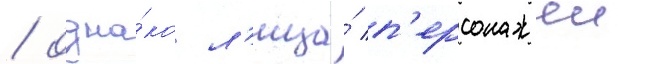
/ одна́ко л'ица́ п'ерсонажеи